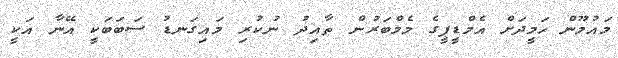
މައުމޫން ހަމީދަށް އެމްޑީޕީގެ މެމްބަރުން ތާއިދު ނުކުރި މައިގަނޑު ސަބަބަކީ އޭނާ އަކީ